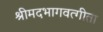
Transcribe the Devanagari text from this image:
श्रीमदभागवत्गीता